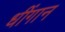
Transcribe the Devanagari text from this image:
धींगान